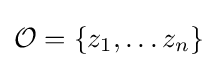
{\mathcal {O}}=\{z_{1},\ldots z_{n}\}